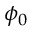
\phi _ { 0 }